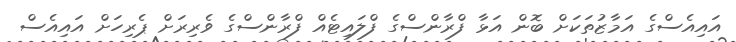
އައިއެސްގެ އަމާޒުތަކަށް ބޮން އަޅާ ފްރާންސްގެ ފްލައިޓެއް ފްރާންސްގެ ވެރިރަށް ޕެރިހަށް އައިއެސް